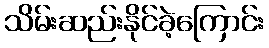
သိမ်းဆည်းနိုင်ခဲ့ကြောင်း